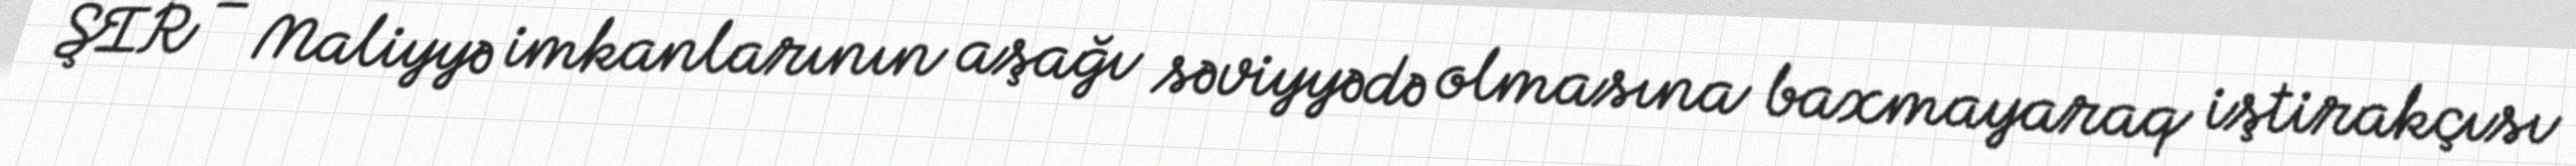
ŞİR – Maliyyə imkanlarının aşağı səviyyədə olmasına baxmayaraq iştirakçısı